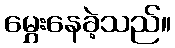
မွှေးနေခဲ့သည်။